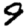
Digit: 9